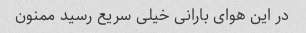
در این هوای بارانی خیلی سریع رسید ممنون